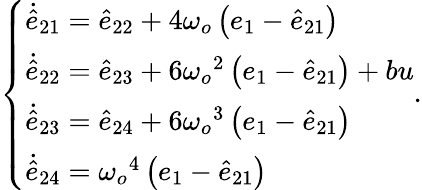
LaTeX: \left\{ \begin{array}{ll}{\dot{\hat{e}}_{21}=\hat{e}_{22}+{4\omega_{o}}\left(e_{1}-\hat{e}_{21}\right)}\\ {\dot{\hat{e}}_{22}=\hat{e}_{23}+6{\omega_{o}}^{2}\left(e_{1}-\hat{e}_{21}\right)+bu}\\ {\dot{\hat{e}}_{23}=\hat{e}_{24}+6{\omega_{o}}^{3}\left(e_{1}-\hat{e}_{21}\right)}\\ {\dot{\hat{e}}_{24}={\omega_{o}}^{4}\left(e_{1}-\hat{e}_{21}\right)}\end{array}\right..